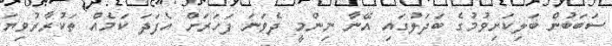
ސަބަބުން ބަލިކަށިވުމުގެ ބަދަލުގައި އޭނާ ނިންމީ ދެވަނަ ފަހަރަށް އެފަދަ ކަމެއް ތަކުރާރުވިޔަ